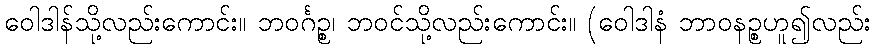
ဝေါဒါန်သို့လည်းကောင်း။ ဘဝင်္ဂဉ္စ၊ ဘဝင်သို့လည်းကောင်း။ (ဝေါဒါနံ ဘာဝနဉ္စဟူ၍လည်း